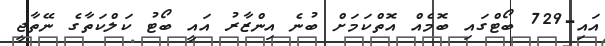
އައި-729 ބޯޓްގައި ބޮމެއް އޮތްކަމަށް ބުނެ އިންޒާރު އައީ ބޯޓު ކަލްކަތާގެ ނޭތާޖީ